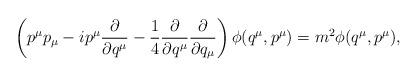
LaTeX: \begin{align*}\left( p^{\mu }p_{\mu }-ip^{\mu }\frac{\partial }{\partial q^{\mu }}-\frac{1}{4}\frac{\partial }{\partial q^{\mu }}\frac{\partial }{\partial q_{\mu }}\right) \phi (q^{\mu },p^{\mu })=m^{2}\phi (q^{\mu },p^{\mu }), \end{align*}